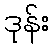
ဒုန်း